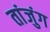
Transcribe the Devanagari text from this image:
तांजुंग